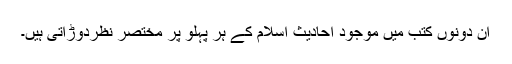
ان دونوں کتب میں موجود احادیث اسلام کے ہر پہلو پر مختصر نظردوڑاتی ہیں۔